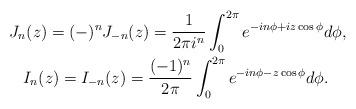
LaTeX: \begin{align*}&J_{n} (z) = (-)^n J_{- n} (z) = \frac { 1 } {2 \pi i^{\hskip 0.5 pt n}} \int_0^{2\pi} e^{- i n \phi + i z \cos \phi } d \phi , \\&\hskip 10 pt I_{n} (z) = I_{- n} (z) = \frac { (-1)^n } {2 \pi} \int_0^{2\pi} e^{- i n \phi - z \cos \phi } d \phi.\end{align*}